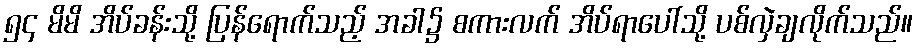
၅၄ မိမိ အိပ်ခန်းသို့ ပြန်ရောက်သည့် အခါ၌ စကားလက် အိပ်ရာပေါ်သို့ ပစ်လှဲချလိုက်သည်။